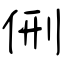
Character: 侀